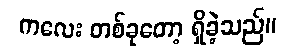
ကလေး တစ်ခုတော့ ရှိခဲ့သည်။